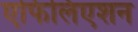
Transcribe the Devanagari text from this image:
एफिलिएशन